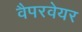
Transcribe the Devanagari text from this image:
वैपरवेयर